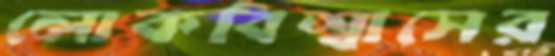
লোকবিশ্বাসের